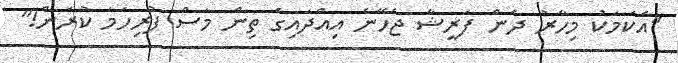
"އެކަމަކު މިހާރު ދެން ފަރީޝާ ޖެހޭނެ އިއްދައިގެ ތިން މަސް ފުރިހަމަ ކުރަން!"